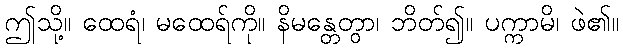
ဤသို့။ ထေရံ၊ မထေရ်ကို။ နိမန္တေတွာ၊ ဘိတ်၍။ ပက္ကာမိ၊ ဖဲ၏။